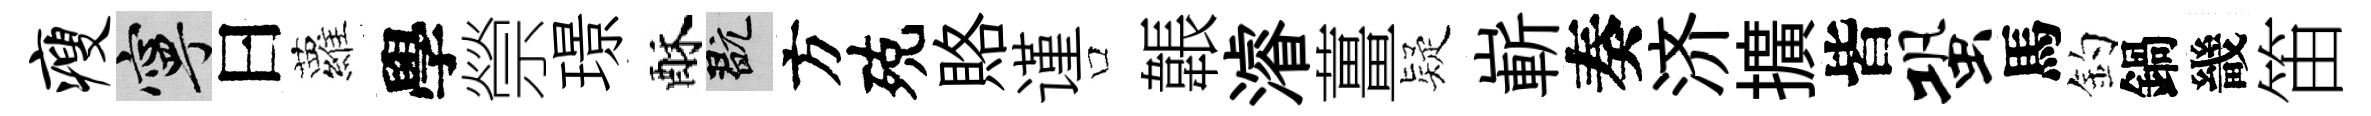
瘦寧曰蘿學禜璟酥玩方殑賂谨口韔濬薑疑嶄奏济擴皆蛩馬釣鍋畿笛